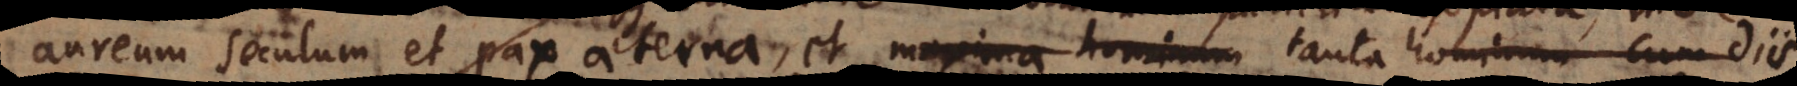
aureum seculum et pax aeterna, et maxima hominum tanta hominum cum Diis